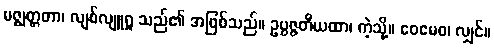
မဇ္ဈတ္တတာ၊ လျစ်လျူရှု သည်၏ အဖြစ်သည်။ ဥပ္ပဇ္ဇတိယထာ၊ ကဲ့သို့။ ဧဝမေဝ၊ လျှင်။